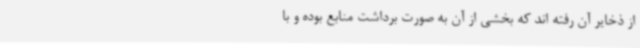
از ذخایر آن رفته اند که بخشی از آن به صورت برداشت منابع بوده و با